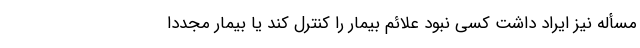
مسأله نیز ایراد داشت کسی نبود علائم بیمار را کنترل کند یا بیمار مجدداً